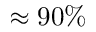
\approx 9 0 \%